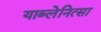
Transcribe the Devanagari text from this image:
याब्लेनित्सा